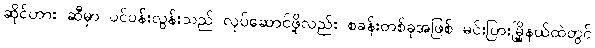
ဆိုင်ဟား ဆီမှာ ပင်ပန်းလွန်းသည် လုပ်ဆောင်ဖို့လည်း စခန်းတစ်ခုအဖြစ် မင်းပြားမြို့နယ်ထဲတွင်